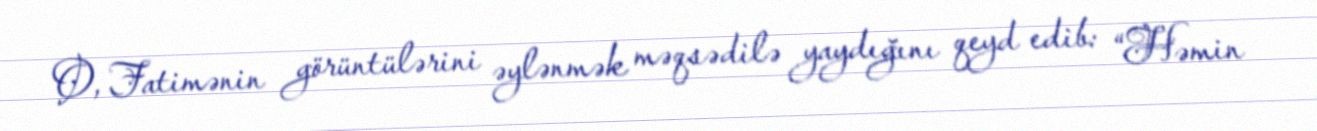
O, Fatimənin görüntülərini əylənmək məqsədilə yaydığını qeyd edib: “Həmin